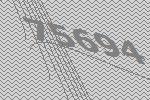
75694